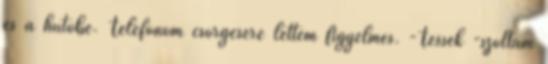
és a hűtőbe. Telefonom csörgésére lettem figyelmes. -Tessék -szóltam